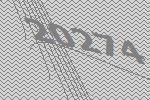
20274